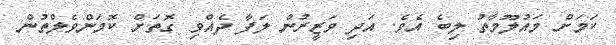
ކަމަށް މައުލޫމާތު ލިބެ އެވެ. އަދި ވަޒީރުން ލަފާ ދެއްވި ގޮތަށް ކޮމަންވެލްތުން